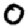
Digit: 0